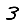
Digit: 3